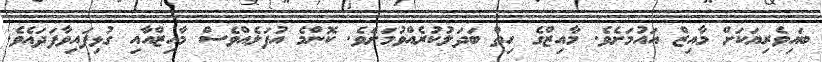
ބައިވެރިޔަކަށް މާއިޒް އައުމަށެވެ. މާއިޒްގެ ހިތް ބަދަލުކުރެއްވުމަށެވެ. ކޮންމެ އުފަލެއްވެސް މާއިޒްއާއި ގުޅިފައިވާފަދައެވެ.